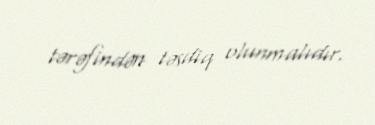
tərəfindən təsdiq olunmalıdır.